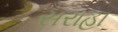
સરાહા